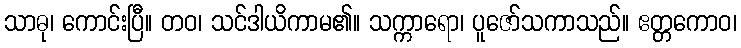
သာဓု၊ ကောင်းပြီ။ တဝ၊ သင်ဒါယိကာမ၏။ သက္ကာရော၊ ပူဇော်သကာသည်။ ဧတ္တကောဝ၊